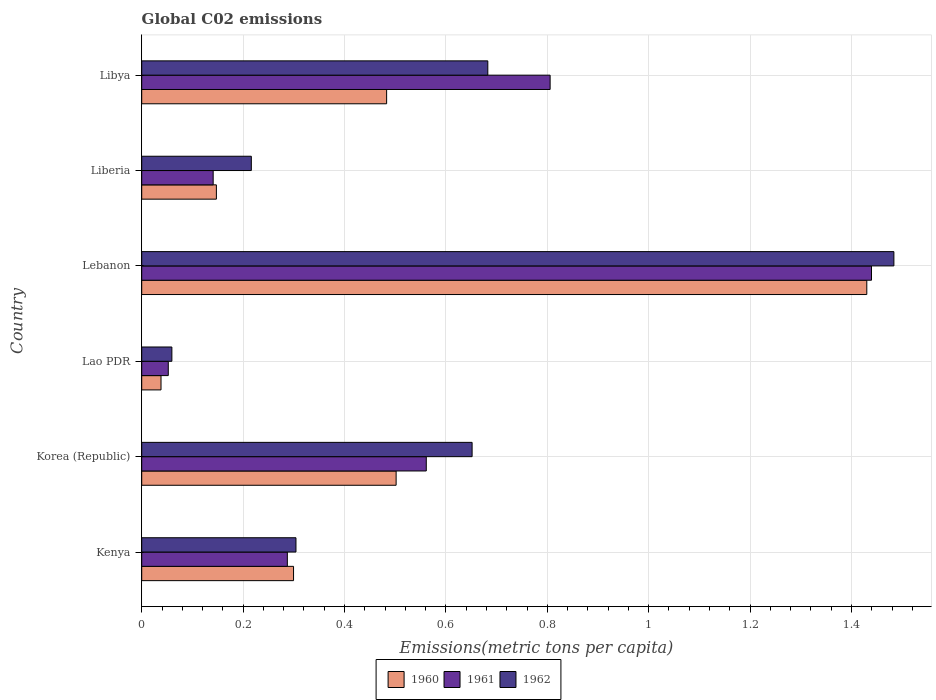
| Country | 1960 | 1961 | 1962 |
 | --- | --- | --- | --- |
 | Kenya | 0.299 | 0.287 | 0.304 |
 | Korea (Republic) | 0.502 | 0.561 | 0.652 |
 | Lao PDR | 0.0381 | 0.0524 | 0.0595 |
 | Lebanon | 1.43 | 1.44 | 1.48 |
 | Liberia | 0.147 | 0.141 | 0.216 |
 | Libya | 0.483 | 0.806 | 0.683 |